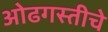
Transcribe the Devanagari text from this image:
ओढगस्तीचे